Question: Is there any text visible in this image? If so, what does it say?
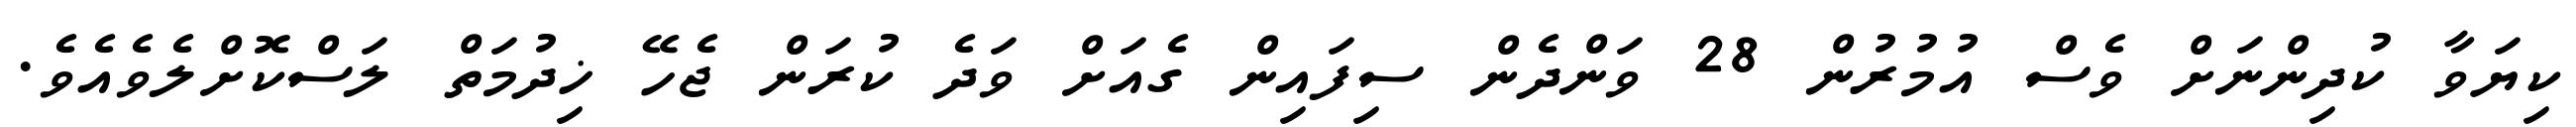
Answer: ކިޔަވާ ކުދިންނަށް ވެސް އުމުރުން 28 ވަންދެން ސިފައިން ގެއަށް ވަދެ ކުރަން ޖެހޭ ޚިދުމަތް ލަސްކޮށްލެވެއެވެ.